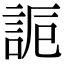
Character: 𧧊